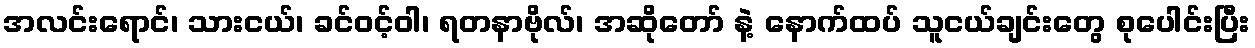
အလင်းရောင်၊ သားငယ်၊ ခင်ဝင့်ဝါ၊ ရတနာဗိုလ်၊ အဆိုတော် နဲ့ နောက်ထပ် သူငယ်ချင်းတွေ စုပေါင်းပြီး